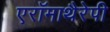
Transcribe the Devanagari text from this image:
एरॉमाथैरेपी